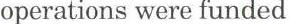
operations were funded